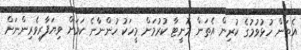
އެތަން ހުޅުވުމުގެ ކުރިން އެތަން މޮނީޓާ ކުރުމަށް މީހަކު ހުންނާނެ ކަމަށް ވިޔަފާރިވެރިންނަށް